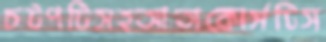
চটপটিসহআতাকোর্সটিস